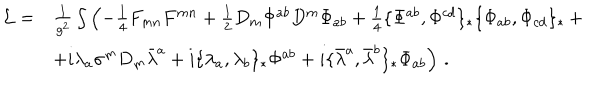
\begin{array} { r l } { { { \cal L } = } } & { { \frac { 1 } { g ^ { 2 } } \int \left( - \frac { 1 } { 4 } F _ { m n } F ^ { m n } + \frac { 1 } { 2 } D _ { m } \Phi ^ { a b } D ^ { m } \Phi _ { a b } + \frac { 1 } { 4 } \{ \Phi ^ { a b } , \Phi ^ { c d } \} _ { * } \{ \Phi _ { a b } , \Phi _ { c d } \} _ { * } \right. + } } \\ { { } } & { { \left. + i \lambda _ { a } \sigma ^ { m } D _ { m } \bar { \lambda } ^ { a } + i \{ \lambda _ { a } , \lambda _ { b } \} _ { * } \Phi ^ { a b } + i \{ \bar { \lambda } ^ { a } , \bar { \lambda } ^ { b } \} _ { * } \Phi _ { a b } \right) \, . } } \\ \end{array}